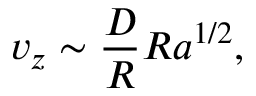
v _ { z } \sim \frac { D } { R } R a ^ { 1 / 2 } ,